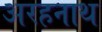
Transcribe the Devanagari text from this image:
अरहनाथ